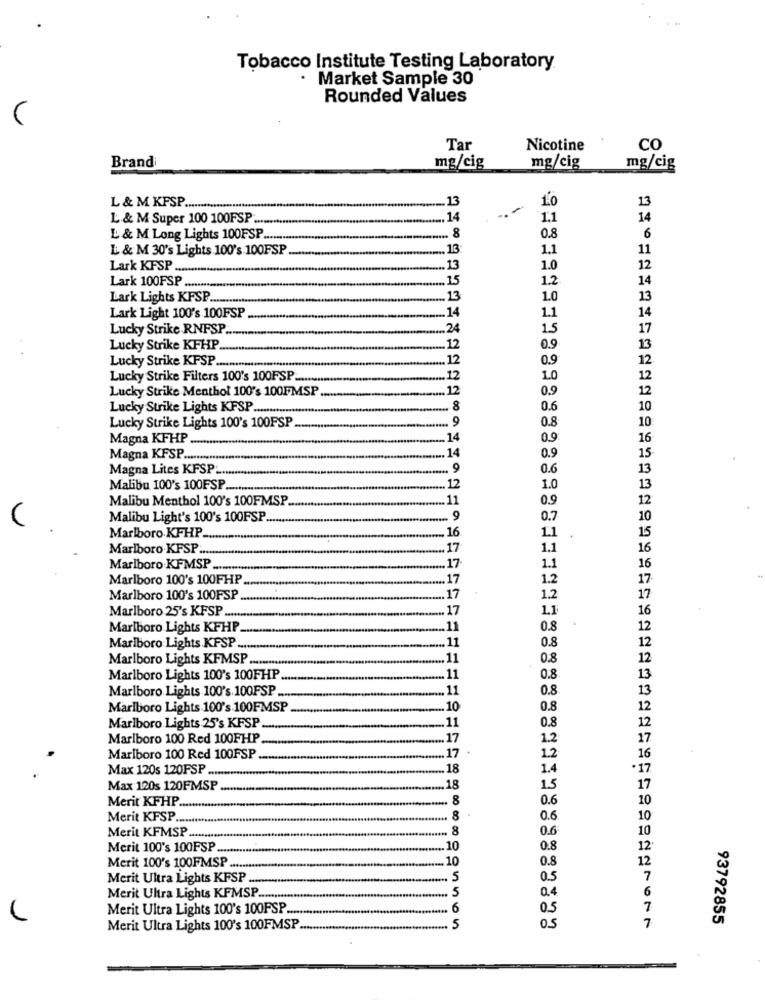
Tobacco Institute Testing Laboratory
· Market Sample 30
Rounded Values
Tar
Nicotine
CO
Brand
mg/cig
mg/cig
mg/cig
.13
10
13
L & M KFSP ......
L & M Super 100 100FSP .......
.... 14
1.1
14
L & M Long Lights 100FSP .....
.... 8
0.8
6
L & M 30's Lights 100's 100FSP
.13
1.1
11
Lark KFSP ....
.. 13
1.0
12
Lark 100FSP
.. 15
1.2
14
Lark Lights KFSP ...
.13
1.0
13
14
Lark Light 100's 100FSP
.14
1.1
Lucky Strike RNFSP.
.24
15
17
Lucky Strike KFHP
.12
0.9
13
Lucky Strike KFSP
12
0.9
12
12
Lucky Strike Filters 100's 100FSP ........
.12
1.0
Lucky Strike Menthol 100's 100FMSP
12
0.9
12
Lucky Strike Lights KFSP ............
- 8
0.6
10
10
Lucky Strike Lights 100's 100FSP
... 9
0.8
Magna KFHP
14
0.9
16
15
Magna KFSP ....
... 14
0.9
Magna Lites KFSP ...
... 9
0.6
13
13
Malibu 100's 100FSP
12
1.0
Malibu Menthol 100's 100FMSP.
11
0.9
12
Malibu Light's 100's 100FSP.
... 9
0.7
10
Marlboro KFHP.
15
.16
1.1
Marlboro.KFSP ...
17
1.1
16
Marlboro KFMSP
.17
1.1
16
Marlboro 100's 100FHP
.17
1.2
17
17
Marlboro 100's 100FSP
.17
1.2
.17
1.1
16
Marlboro 25's KFSP .......
Marlboro Lights KFHP
.11
0.8
12
.11
Marlboro Lights KFSP ...
0.8
Marlboro Lights KFMSP ..
.11
0.8
12
Marlboro Lights 100's 100FHP
.11
0.8
13
Marlboro Lights 100's 100FSP.
.11
0.8
13
Marlboro Lights 100's 100FMSP
.10
0.8
12
.11
Marlboro Lights 25's KFSP .
0.8
Marlboro 100 Red 100FHP
.17
1.2
.17
16
Marlboro 100 Red 100FSP
1.2
Max 120s 120FSP ....
.18
1.4
Max 120s 120FMSP
18
1.5
Merit KFHP ..
.8
0.6
Merit KFSP ....
.. 8
0.6
Merit KFMSP ..
8
0.6
Merit 100's 100FSP .
10
0.8
10
Merit 100's 100FMSP .....
0.8
Merit Ultra Lights KFSP ..
.. 5
0.5
5
Merit Ultra Lights KFMSP .........
0.4
Merit Ultra Lights 100's 100PSP ....
6
0.5
93792855
Merit Ultra Lights 100's 100FMSP
5
o.S
7